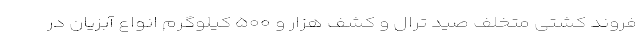
فروند کشتی متخلف صید ترال و کشف هزار و ۵۰۰ کیلوگرم انواع آبزیان در